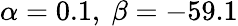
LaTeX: \alpha=0.1,~\beta=-59.1